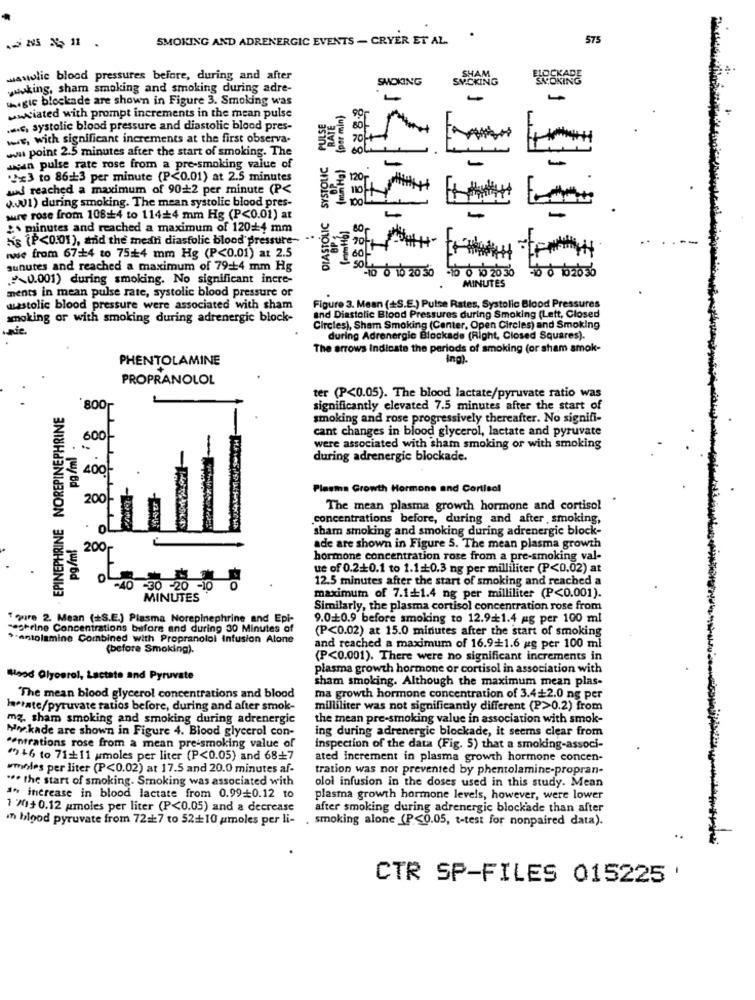
SMOKING AND ADRENERGIC EVENTS - CRYER ET AL.
575
SHAM
wasolic blood pressures before, during and after
SMOKING
SMICKING
SACOKING
wwwking, sham smoking and smoking during adre-
.gic blockade are shown in Figure 3. Smoking was
(per min)
wwwiated with prompt increments in the mean pulse
RATE
... c, systolic blood pressure and diastolic blood pres-
we, with significant increments at the first observa.
ww point 2.5 minutes after the start of smoking. The
8.889
SYSTOLIC
wean pulse rate rose from a pre-smoking value of
Tx3 to 86#3 per minute (P<0.01) at 2.5 minutes
was reached a maximum of 902 per minute (P<
3. 120
J.J1) during smoking. The mean systolic blood pres-
DIASTOLIC
sure rose from 108#4 to 114#4 mm Hg (P<0.01) at
4
2 minutes and reached a maximum of 120+4 mm
Ms (P<0.01), and the mean diastolic blood pressure-
T
rwe from 67:#4 to 75#4 mm Hg (P<0.01) at 2.5
sunutes and reached a maximum of 79:14 mm Hg
SOL
-16 0 10 20 30
6 0 62036
0.001) during smoking. No significant incre-
0 0 10 20 30
MINUTES
ments in mean pulse rate, systolic blood pressure or
mastolic blood pressure were associated with sham
Figure 3. Mean (+S.E.) Pulse Rates, Systolic Blood Pressures
smoking or with smoking during adrenergic block-
and Diastolic Blood Pressures during Smoking (Lett, Closed
Circles), Sham Smoking (Center, Open Circles) and Smoking
during Adrenergie Blockade (Right, Closed Squares).
The arrows Indicate the periods of smoking (or sham amok-
PHENTOLAMINE
Ing).
PROPRANOLOL
ter (P<0.05). The blood lactate/pyruvate ratio was
EPINEPHRINE NOREPINEPHRINE
800
significantly elevated 7.5 minutes after the start of
smoking and rose progressively thereafter. No signifi-
cant changes in blood glycerol, lactate and pyruvate
600
were associated with sham smoking or with smoking
during adrenergic blockade.
Plasma Growth Hormone and Cortisol
200
The mean plasma growth hormone and cortisol
concentrations before, during and after smoking,
sham smoking and smoking during adrenergic block-
pg/ml
200
ade are shown in Figure 5. The mean plasma growth
hormone concentration rose from a pre-smoking val-
ue of 0.2+0.1 to 1.1.10.3 ng per milliliter (P<0.02) at
12.5 minutes after the start of smoking and reached a
40 -30 -20
0
MINUTES
maximum of 7.1+1.4 ng per milliliter (P<0.001).
Similarly, the plasma cortisol concentration rose from
T qure 2. Mean (+S.E.) Plasma Norepinephrine and Epi-
9.0+0.9 before smoking to 12.91.4 mg per 100 ml
begreine Concentrations before and during 30 Minutes of
(P<0.02) at 15.0 minutes after the start of smoking
.Antolamine Combined with Propranolol Infusion Alone
(before Smoking).
and reached a maximum of 16.9+1.6 ug per 100 ml
(P<0.001). There were no significant increments in
plasma growth hormone or cortisol in association with
Blood Glycerol, Lactate and Pyruvate
sham smoking. Although the maximum mean plas-
The mean blood glycerol concentrations and blood
ma growth hormone concentration of 3.4+2.0 ng per
harrate/pyruvate ratios before, during and after smoke-
milliliter was not significantly different (P>0.2) from
mz sham smoking and smoking during adrenergic
the mean pre-smoking value in association with smok-
Nekade are shown in Figure 4. Blood glycerol con-
ing during adrenergie blockade, it seems clear from
"entrations rose from a mean pre-smoking value of
inspection of the data (Fig. 5) that a smoking-associ-
")+6 to 71111 umoles per liter (P<0.05) and 68+7
ated increment in plasma growth hormone concen-
modes per liter (P<0.02) at 17.5 and 20.0 minutes af-
tration was nor prevented by phentolamine-propran-
... the start of smoking. Smoking was associated with
olol infusion in the doses used in this study. Mean
.. increase in blood lactate from 0.99+0.12 to
plasma growth hormone levels, however, were lower
1 70+ 0.12 umoles per liter (P<0.05) and a decrease
after smoking during adrenergic blockade than after
in blood pyruvate from 72#7 to 52+10 umoles per li-
. smoking alone (P<0.05, t-test for nonpaired data).
CTR SP-FILES 015225 '